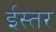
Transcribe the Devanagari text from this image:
ईस्तर